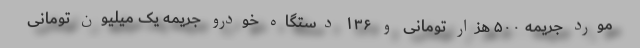
مورد جریمه ۵۰۰ هزار تومانی و ۱۳۶ دستگاه خودرو جریمه یک میلیون تومانی